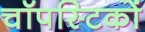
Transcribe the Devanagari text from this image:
चॉपस्टिकों